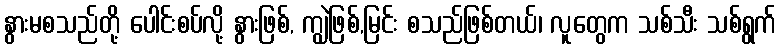
နွားမစသည်တို့ ပေါင်းစပ်လို့ နွားဖြစ်, ကျွဲဖြစ်,မြင်း စသည်ဖြစ်တယ်၊ လူတွေက သစ်သီး သစ်ရွက်